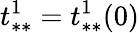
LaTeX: t_{**}^{1}=t_{**}^{1}(0)